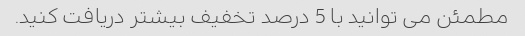
مطمئن می توانید با 5 درصد تخفیف بیشتر دریافت کنید.